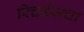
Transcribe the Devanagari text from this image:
रिचर्डसचा